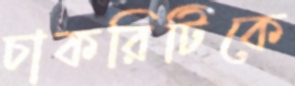
চাকরিটিকে